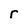
Character: r